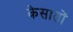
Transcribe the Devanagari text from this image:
केसातों